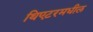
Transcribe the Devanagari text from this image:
थिएटरमधील